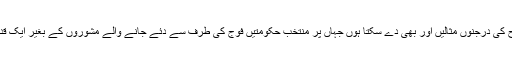
میں آپ کو اس طرح کی درجنوں مثالیں اور بھی دے سکتا ہوں جہاں پر منتخب حکومتیں فوج کی طرف سے دئے جانے والے مشوروں کے بغیر ایک قدم آگے نہیں بڑھتیں۔